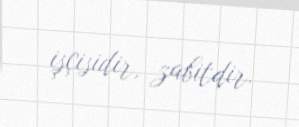
işçisidir, zabitdir.